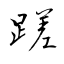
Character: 蹉